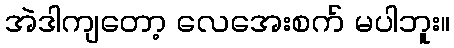
အဲဒါကျတော့ လေအေးစက် မပါဘူး။